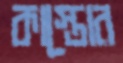
কাস্তোর